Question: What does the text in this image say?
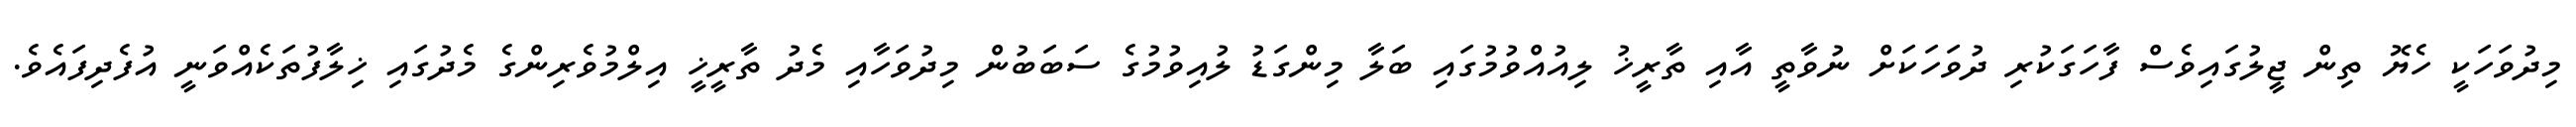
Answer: މިދުވަހަކީ ހެޔޮ ތިން ޖީލުގައިވެސް ފާހަގަކުރި ދުވަހަކަށް ނުވާތީ އާއި ތާރީޚު ލިއުއްވުމުގައި ބަލާ މިންގަޑު ލުއިވުމުގެ ސަބަބުން މިދުވަހާއި މެދު ތާރީޚީ އިލްމުވެރިންގެ މެދުގައި ޚިލާފުތަކެއްވަނީ އުފެދިފައެވެ.